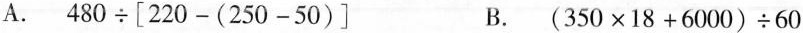
A. $$4 8 0 \div [ 2 2 0 - ( 2 5 0 - 5 0 ) ]$$ B.$$( 3 5 0 \times 1 8 + 6 0 0 0 ) \div 6 0$$